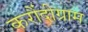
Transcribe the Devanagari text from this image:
करौंदीग्राम